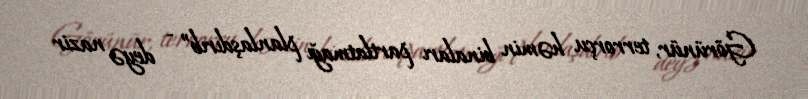
Görünür, terrorçu həmin binaları partlatmağı planlaşdırıb” - deyə nazir